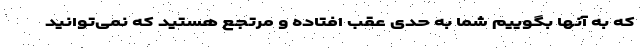
که به آنها بگوییم شما به حدی عقب افتاده و مرتجع هستید که نمی‌توانید